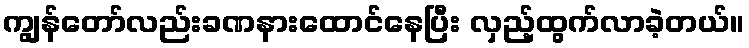
ကျွန်တော်လည်းခဏနားထောင်နေပြီး လှည့်ထွက်လာခဲ့တယ်။